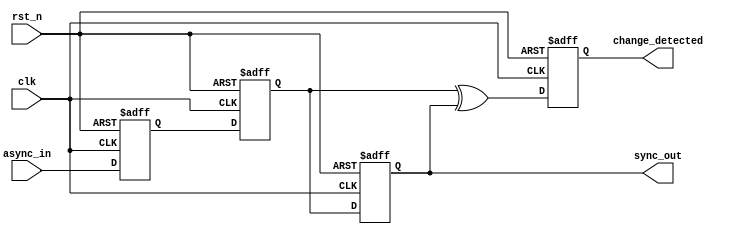
module async_to_sync_converter #(
    parameter N = 1 // Number of asynchronous input signals
)(
    input  wire clk,                    // Clock signal from the synchronous domain
    input  wire rst_n,                  // Active low reset signal
    input  wire [N-1:0] async_in,       // Asynchronous input signals
    output reg  [N-1:0] sync_out,       // Synchronized output signals
    output reg  [N-1:0] change_detected  // Change detection output signals
);

    // Internal registers for two-stage synchronization
    reg [N-1:0] stage1;
    reg [N-1:0] stage2;

    // Process to synchronize the asynchronous inputs
    always @(posedge clk or negedge rst_n) begin
        if (!rst_n) begin
            stage1 <= 0;
            stage2 <= 0;
            sync_out <= 0;
            change_detected <= 0;
        end else begin
            // First stage: sample the asynchronous inputs
            stage1 <= async_in;
            // Second stage: sample the output of the first stage
            stage2 <= stage1;
            // Output the synchronized signals
            sync_out <= stage2;
            // Detect changes: ideally, a change is detected when current stage2 differs from previous stage2
            change_detected <= stage2 ^ sync_out; // XNOR to check for changes
        end
    end

endmodule